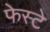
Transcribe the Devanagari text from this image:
फेस्टे